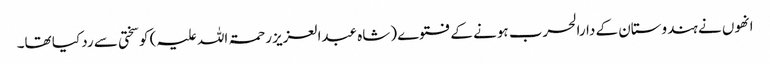
انھوں نے ہندوستان کے دارالحرب ہونے کے فتوے (شاہ عبدالعزیز رحمۃ اللہ علیہ) کو سختی سے رد کیا تھا۔